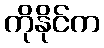
ကိုနိုင်က